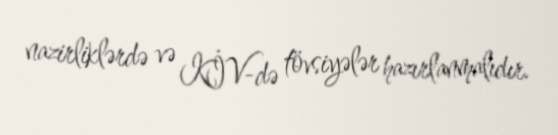
nazirliklərdə və KİV-də tövsiyələr hazırlanmalıdır.